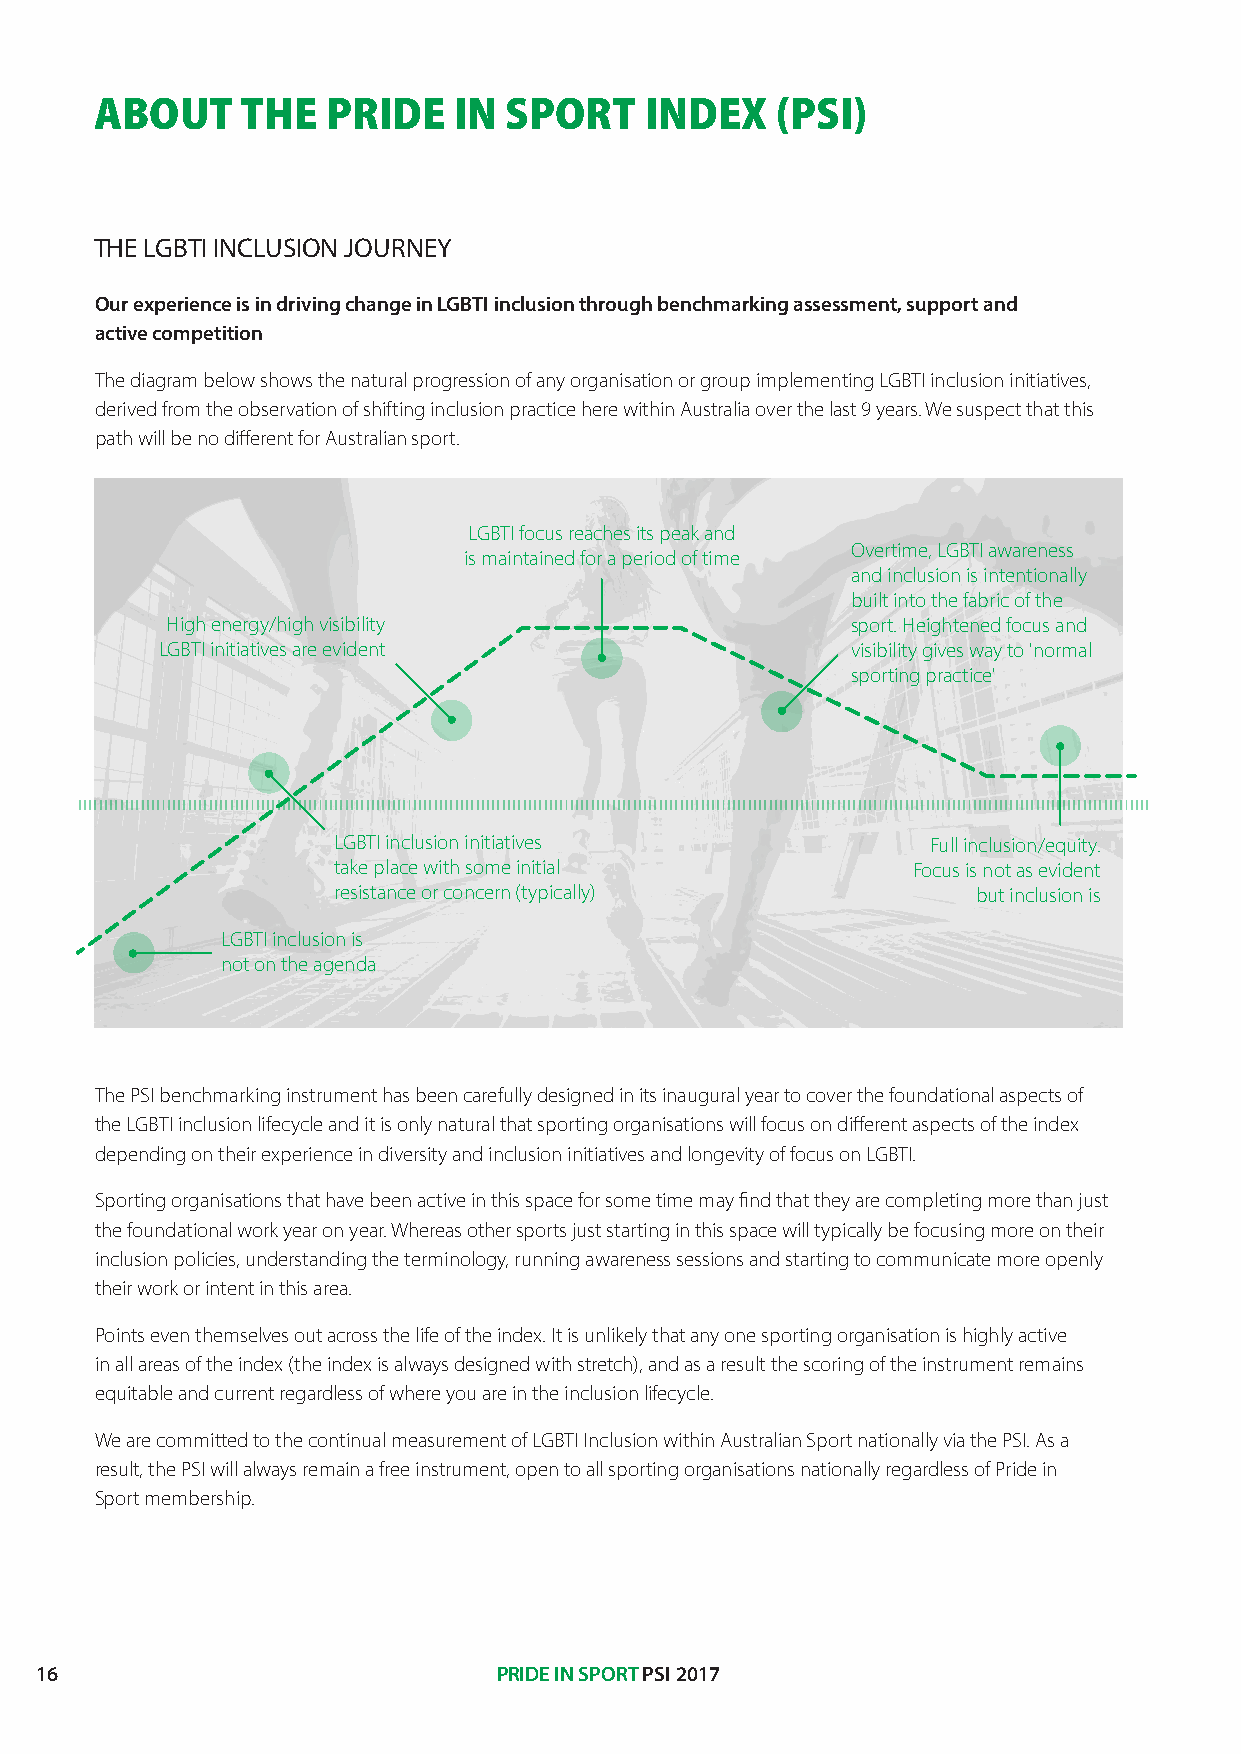
ABOUT     THE   PRIDE   IN SPORT     INDEX   (PSI)
 THE LGBTI INCLUSION JOURNEY
 Our experience is in driving change in LGBTI inclusion through benchmarking assessment, support and
 active competition
 The diagram below shows the natural progression of any organisation or group implementing LGBTI inclusion initiatives,
 derived from the observation of shifting inclusion practice here within Australia over the last 9 years. We suspect that this
 path will be no different for Australian sport.
 LGBTI focus reaches its peak and
 Overtime, LGBTI awareness
 is maintained for a period of time
 and inclusion is intentionally
 built into the fabric of the
 High energy/high visibility                  sport. Heightened focus and
 LGBTI initiatives are evident                visibility gives way to 'normal
 sporting practice'
 LGBTI inclusion initiatives             Full inclusion/equity.
 take place with some initial          Focus is not as evident
 resistance or concern (typically)          but inclusion is
 LGBTI inclusion is
 not on the agenda
 The PSI benchmarking instrument has been carefully designed in its inaugural year to cover the foundational aspects of
 the LGBTI inclusion lifecycle and it is only natural that sporting organisations will focus on different aspects of the index
 depending on their experience in diversity and inclusion initiatives and longevity of focus on LGBTI.
 Sporting organisations that have been active in this space for some time may find that they are completing more than just
 the foundational work year on year. Whereas other sports just starting in this space will typically be focusing more on their
 inclusion policies, understanding the terminology, running awareness sessions and starting to communicate more openly
 their work or intent in this area.
 Points even themselves out across the life of the index. It is unlikely that any one sporting organisation is highly active
 in all areas of the index (the index is always designed with stretch), and as a result the scoring of the instrument remains
 equitable and current regardless of where you are in the inclusion lifecycle.
 We are committed to the continual measurement of LGBTI Inclusion within Australian Sport nationally via the PSI. As a
 result, the PSI will always remain a free instrument, open to all sporting organisations nationally regardless of Pride in
 Sport membership.
 16                             PRIDE IN SPORT PSI 2017